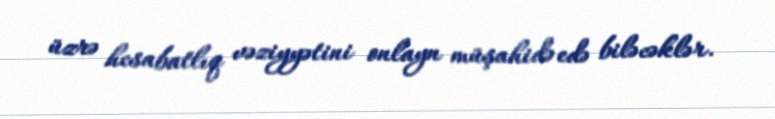
üzrə hesabatlıq vəziyyətini onlayn müşahidə edə biləcəklər.